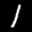
Label: 1